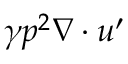
\gamma p ^ { 2 } \nabla \cdot \boldsymbol { u } ^ { \prime }